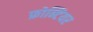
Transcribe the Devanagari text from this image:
फ्रोन्टियर